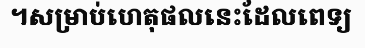
។សម្រាប់ហេតុផលនេះដែលពេទ្យ